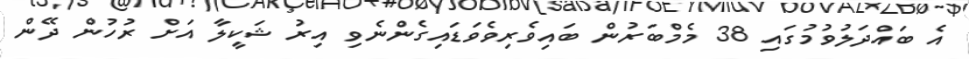
އެ ބައްދަލުވުމުގައި 38 މެމްބަރުން ބައިވެރިވެވަޑައިގެންނެވި އިރު ޝަކީލާ އަށް ރުހުން ދޭން